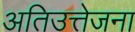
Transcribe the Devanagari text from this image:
अतिउत्तेजना